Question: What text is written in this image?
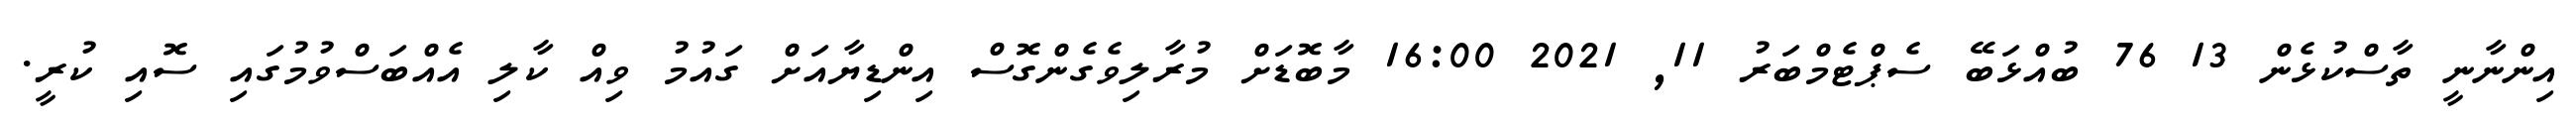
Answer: އިންނާނީ ތާސްކުޅެން 13 76 ބުއްޅަބޭ ސެޕްޓެމްބަރު 11, 2021 16:00 މާބޮޑަށް މުރާލިވެގެންގޮސް އިންޑިޔާއަށް ގައުމު ވިއް ކާލި އެއްބަސްވުމުގައި ސޮއި ކުރީ.